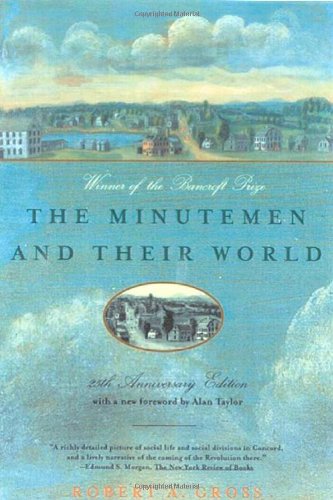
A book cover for The Minutemen and Their World (American Century); Robert A. Gross; History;